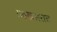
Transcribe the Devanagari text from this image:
राइखसराट